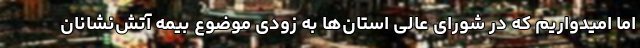
اما امیدواریم که در شورای عالی استان‌ها به زودی موضوع بیمه آتش‌نشانان